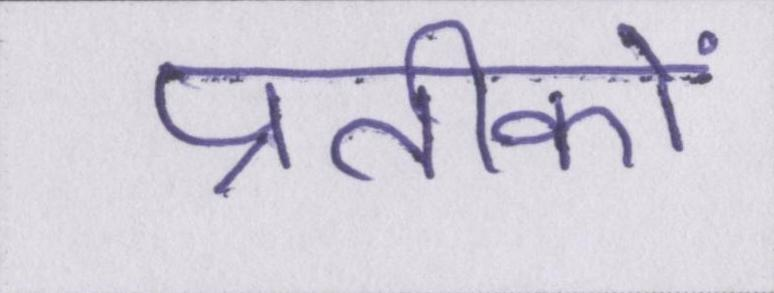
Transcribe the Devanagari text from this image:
प्रतीकों